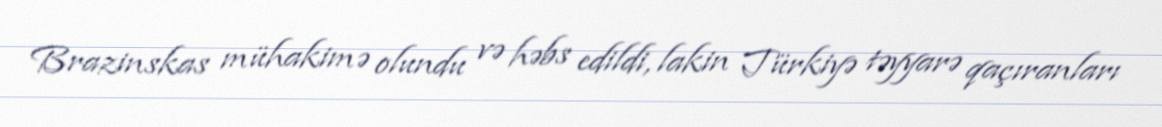
Brazinskas mühakimə olundu və həbs edildi, lakin Türkiyə təyyarə qaçıranları